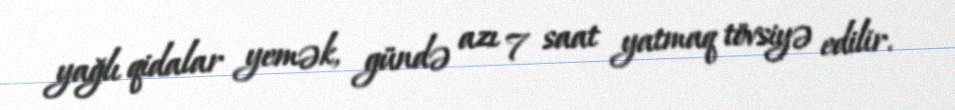
yağlı qidalar yemək, gündə azı 7 saat yatmaq tövsiyə edilir.